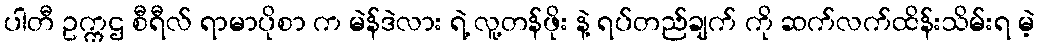
ပါတီ ဥက္ကဌ စီရီလ် ရာမာပိုစာ က မဲန်ဒဲလား ရဲ့ လူ့တန်ဖိုး နဲ့ ရပ်တည်ချက် ကို ဆက်လက်ထိန်းသိမ်းရ မဲ့